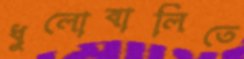
ধুলোবালিতে